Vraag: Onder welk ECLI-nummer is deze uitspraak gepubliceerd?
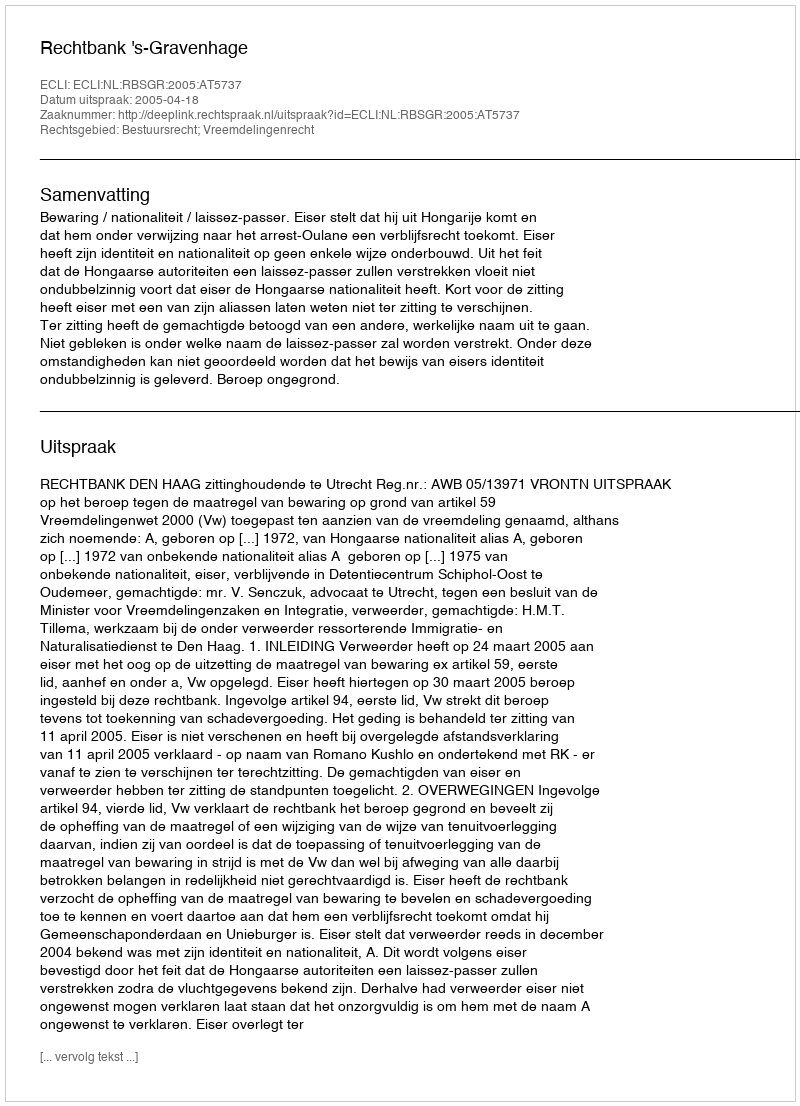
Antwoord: ECLI:NL:RBSGR:2005:AT5737